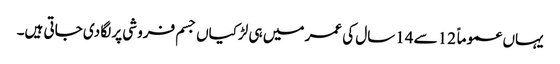
یہاں عموماً 12سے 14سال کی عمر میں ہی لڑکیاں جسم فروشی پر لگا دی جاتی ہیں۔